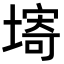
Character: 𡏾